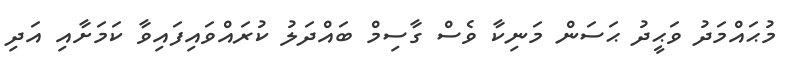
މުޙައްމަދު ވަޙީދު ޙަސަން މަނިކާ ވެސް ގާސިމް ބައްދަލު ކުރައްވައިފައިވާ ކަމަށާއި އަދި